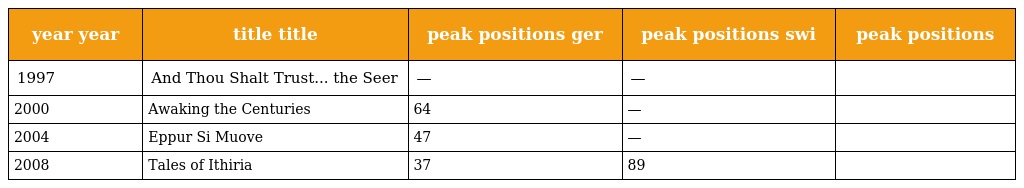
| year year | title title | peak positions ger | peak positions swi | peak positions |
 | --- | --- | --- | --- | --- |
 | 1997 | And Thou Shalt Trust... the Seer | — | — |  |
 | 2000 | Awaking the Centuries | 64 | — |  |
 | 2004 | Eppur Si Muove | 47 | — |  |
 | 2008 | Tales of Ithiria | 37 | 89 |  |